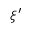
\xi ^ { \prime }